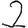
Digit: 2